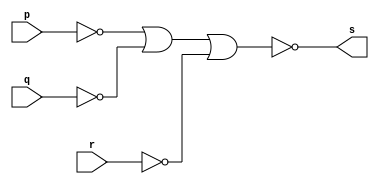
// -------------------------
// Exemplo0009 - AND Com 3 portas
// Nome: Douglas Cruz de Matos 
// ------------------------- 
// ------------------------- 
// -- and3 gate
// ------------------------- 
	module and3gate ( output s, input p, input q,input r);
		assign s = ~(~p|~q|~r); 
	endmodule // and3gate
// --------------------- 
// -- test and3 gate
// ---------------------
	module testand3gate;
// ------------------------- dados locais 
		reg a, b,c; // definir registradores 
		wire s; // definir conexao (fio) 
// ------------------------- instancia 
		and3gate AND2 (s, a, b,c);
// ------------------------- preparacao 
		initial begin:start 
			a=0; b=0;c=0;
		end
// ------------------------- parte principal 
		initial begin 
			$display("Exemplo0009 - Douglas Cruz de Matos - 433134"); 
			$display("Testando a porta AND com 3 entradas"); 
			$display("\na & b & c = s\n"); 
			a=0; b=0;c=0; 
			#1 $display("%b & %b & %b= %b", a, b,c, s); 
			a=0; b=0;c=1; 
			#1 $display("%b & %b & %b= %b", a, b,c, s); 
			a=0; b=1;c=0; 
			#1 $display("%b & %b & %b= %b", a, b,c, s); 
			a=0; b=1;c=1; 
			#1 $display("%b & %b & %b= %b", a, b,c, s); 
			a=1; b=0;c=0;
			#1 $display("%b & %b & %b= %b", a, b,c, s);
			a=1; b=0;c=1;
			#1 $display("%b & %b & %b= %b", a, b,c, s);
			a=1; b=1;c=0;
			#1 $display("%b & %b & %b= %b", a, b,c, s);
			a=1; b=1;c=1;
			#1 $display("%b & %b & %b= %b", a, b,c, s);	
		end 
endmodule // testand3gate